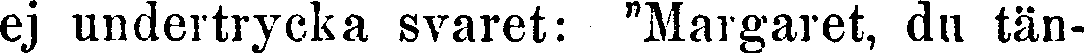
ej undertrycka svaret: "Margaret, du tän-